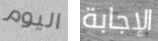
اليوم الإجابة